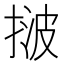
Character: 𢯠